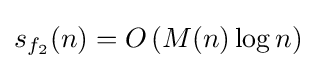
s_{f_{2}}(n)=O\left(M(n)\log n\right)